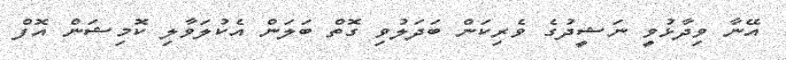
އޭނާ ވިދާޅުވީ ނަޝީދުގެ ވެރިކަން ބަދަލުވި ގޮތް ބަލަން އެކުލަވާލި ކޮމިޝަން އޮފް